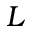
L